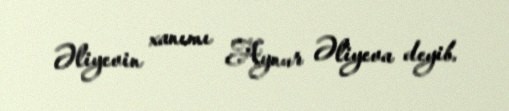
Əliyevin xanımı Aynur Əliyeva deyib.